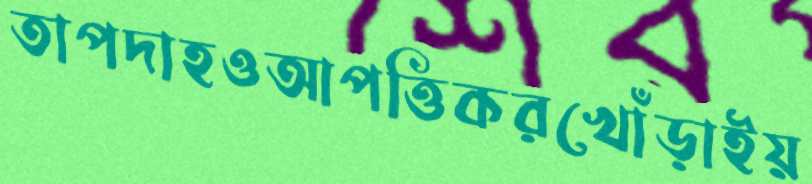
তাপদাহওআপত্তিকরখোঁড়াইয়